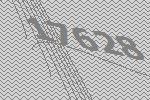
17628